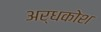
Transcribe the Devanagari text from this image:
अर्धकोश